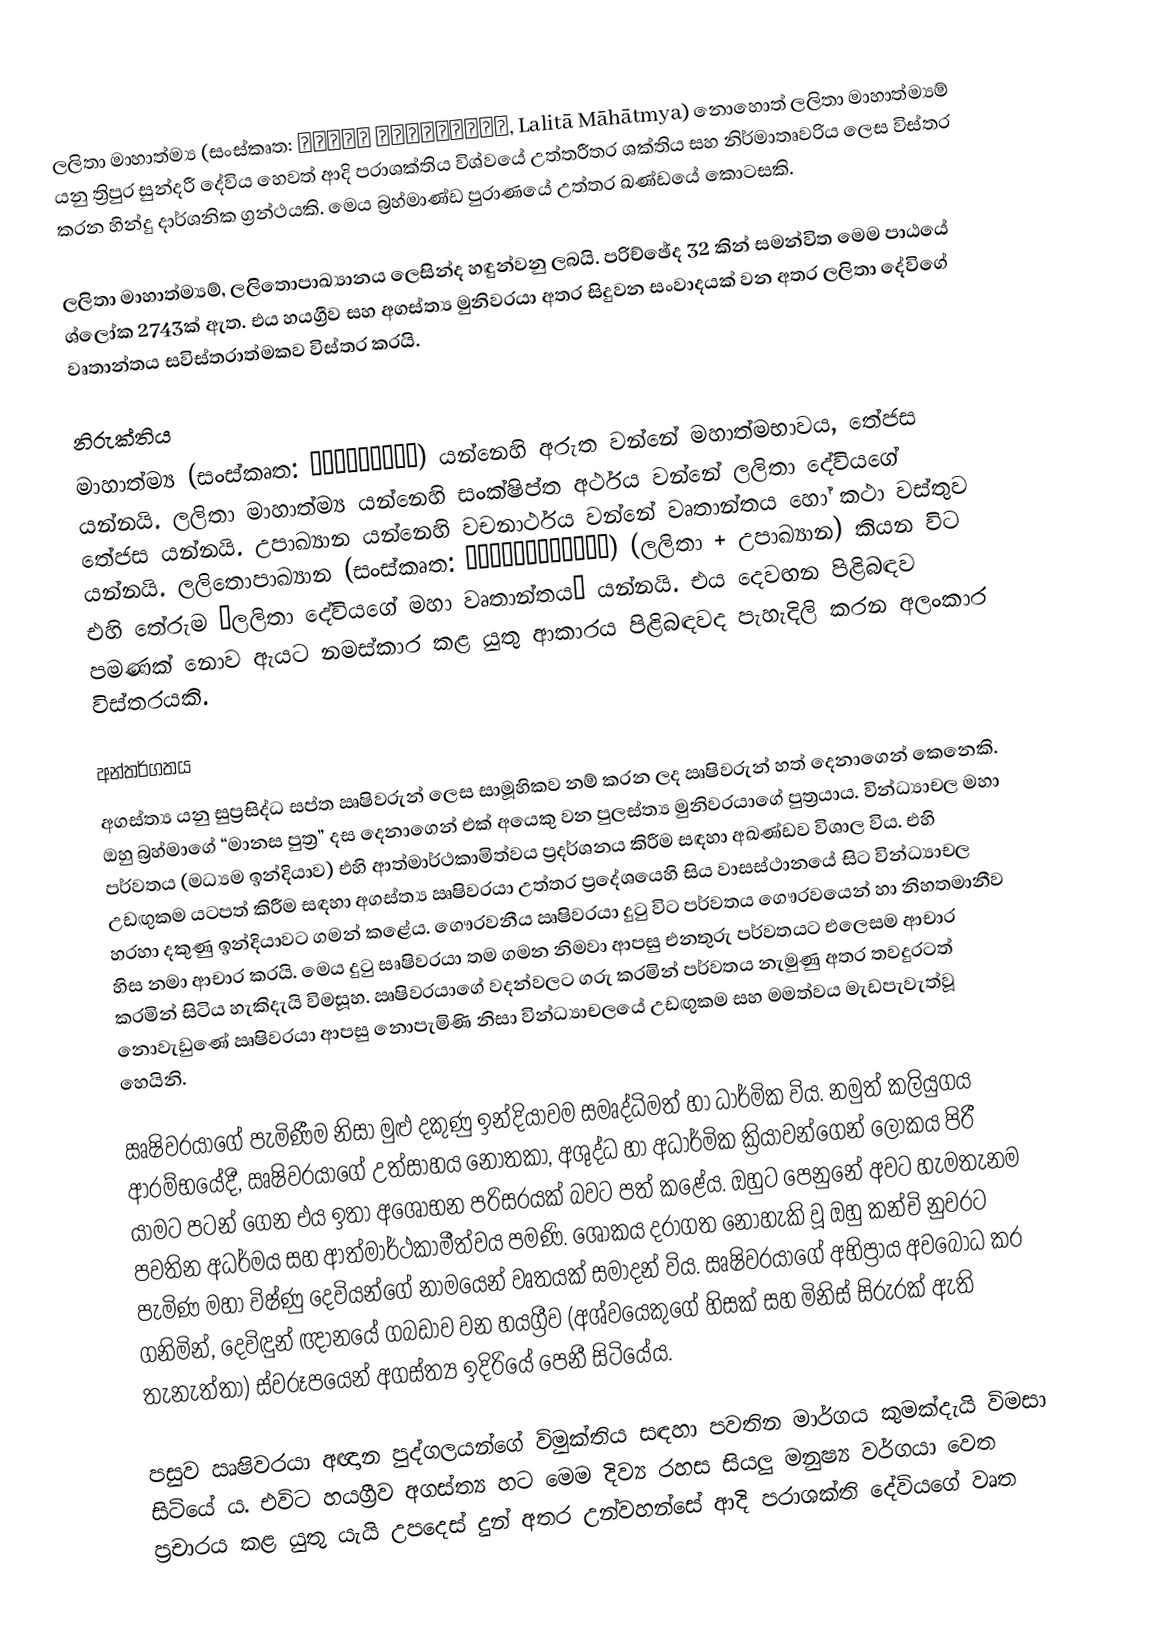
ලලිතා මාහාත්ම්‍ය  (සංස්කෘත: ललिता माहात्म्य, Lalitā Māhātmya) නොහොත් ලලිතා මාහාත්ම්‍යම් යනු ත්‍රිපුර සුන්දරී දේවිය හෙවත් ආදි පරාශක්තිය විශ්වයේ උත්තරීතර ශක්තිය සහ නිර්මාතෘවරිය ලෙස විස්තර කරන හින්දු දාර්ශනික ග්‍රන්ථයකි. මෙය බ්‍රහ්මාණ්ඩ පුරාණයේ උත්තර ඛණ්ඩයේ කොටසකි.

ලලිතා මාහාත්ම්‍යම්, ලලිතොපාඛ්‍යානය ලෙසින්ද හඳුන්වනු ලබයි. පරිච්ඡේද 32 කින් සමන්විත මෙම පාඨයේ ශ්ලෝක 2743ක් ඇත. එය හයග්‍රීව සහ අගස්ත්‍ය මුනිවරයා අතර සිදුවන සංවාදයක් වන අතර ලලිතා දේවිගේ වෘතාන්තය සවිස්තරාත්මකව විස්තර කරයි.

නිරුක්තිය
මාහාත්ම්‍ය (සංස්කෘත: माहात्म्य) යන්නෙහි අරුත වන්නේ මහාත්මභාවය, තේජස යන්නයි. ලලිතා මාහාත්ම්‍ය යන්නෙහි සංක්ෂිප්ත අර්ථය වන්නේ ලලිතා දේවියගේ තේජස යන්නයි. උපාඛ්‍යාන යන්නෙහි වචනාර්ථය වන්නේ වෘතාන්තය හෝ කථා වස්තුව යන්නයි. ලලිතොපාඛ්‍යාන (සංස්කෘත: ललितोपाख्यान) (ලලිතා + උපාඛ්‍යාන) කියන විට එහි තේරුම “ලලිතා දේවියගේ මහා වෘතාන්තය” යන්නයි. එය දෙවඟන පිළිබඳව පමණක් නොව ඇයට නමස්කාර කළ යුතු ආකාරය පිළිබඳවද පැහැදිලි කරන අලංකාර විස්තරයකි.

අන්තර්ගතය
අගස්ත්‍ය යනු සුප්‍රසිද්ධ සප්ත ඍෂිවරුන් ලෙස සාමූහිකව නම් කරන ලද ඍෂිවරුන් හත් දෙනාගෙන් කෙනෙකි. ඔහු බ්‍රහ්මාගේ “මානස පුත්‍ර” දස දෙනාගෙන් එක් අයෙකු වන පුලස්ත්‍ය මුනිවරයාගේ පුත්‍රයාය. වින්ධ්‍යාචල මහා පර්වතය (මධ්‍යම ඉන්දියාව) එහි ආත්මාර්ථකාමිත්වය ප්‍රදර්ශනය කිරීම සඳහා අඛණ්ඩව විශාල විය. එහි උඩඟුකම යටපත් කිරීම සඳහා අගස්ත්‍ය ඍෂිවරයා උත්තර ප්‍රදේශයෙහි සිය වාසස්ථානයේ සිට වින්ධ්‍යාචල හරහා දකුණු ඉන්දියාවට ගමන් කළේය. ගෞරවනීය ඍෂිවරයා දුටු විට පර්වතය ගෞරවයෙන් හා නිහතමානීව හිස නමා ආචාර කරයි. මෙය දුටු  සෘෂිවරයා තම ගමන නිමවා ආපසු එනතුරු පර්වතයට එලෙසම ආචාර කරමින් සිටිය හැකිදැයි විමසූහ. ඍෂිවරයාගේ වදන්වලට ගරු කරමින් පර්වතය නැමුණු අතර තවදුරටත් නොවැඩුණේ ඍෂිවරයා ආපසු නොපැමිණි නිසා වින්ධ්‍යාචලයේ උඩඟුකම සහ මමත්වය මැඩපැවැත්වූ හෙයිනි.

ඍෂිවරයාගේ පැමිණීම නිසා මුළු දකුණු ඉන්දියාවම සමෘද්ධිමත් හා ධාර්මික විය. නමුත් කලියුගය ආරම්භයේදී, ඍෂිවරයාගේ උත්සාහය නොතකා, අශුද්ධ හා අධාර්මික ක්‍රියාවන්ගෙන් ලෝකය පිරී යාමට පටන් ගෙන එය ඉතා අශෝභන පරිසරයක් බවට පත් කළේය. ඔහුට පෙනුනේ අවට හැමතැනම පවතින අධර්මය සහ ආත්මාර්ථකාමීත්වය පමණි. ශෝකය දරාගත නොහැකි වූ ඔහු කන්චි නුවරට පැමිණ මහා විෂ්ණු දෙවියන්ගේ නාමයෙන් වෘතයක් සමාදන් විය. ඍෂිවරයාගේ අභිප්‍රාය අවබෝධ කර ගනිමින්, දෙවිඳුන් ඥානයේ ගබඩාව වන හයග්‍රීව (අශ්වයෙකුගේ හිසක් සහ මිනිස් සිරුරක් ඇති තැනැත්තා) ස්වරූපයෙන් අගස්ත්‍ය ඉදිරියේ පෙනී සිටියේය.

පසුව ඍෂිවරයා අඥාන පුද්ගලයන්ගේ විමුක්තිය සඳහා පවතින මාර්ගය කුමක්දැයි විමසා සිටියේ ය. එවිට හයග්‍රීව අගස්ත්‍ය හට මෙම දිව්‍ය රහස සියලු මනුෂ්‍ය වර්ගයා වෙත ප්‍රචාරය කළ යුතු යැයි උපදෙස් දුන් අතර උන්වහන්සේ ආදි පරාශක්ති දේවියගේ වෘත